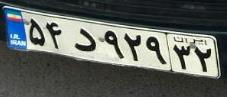
۵۴د۹۲۹۳۲